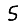
Digit: 5